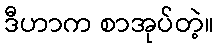
ဒီဟာက စာအုပ်တဲ့။